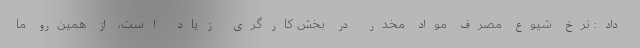
داد: نرخ شیوع مصرف مواد مخدر در بخش کارگری زیاد است، از همین‌رو ما